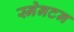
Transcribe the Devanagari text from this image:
स्नेनटन